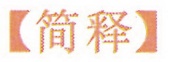
【简释】